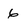
Character: 6